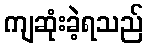
ကျဆုံးခဲ့ရသည်